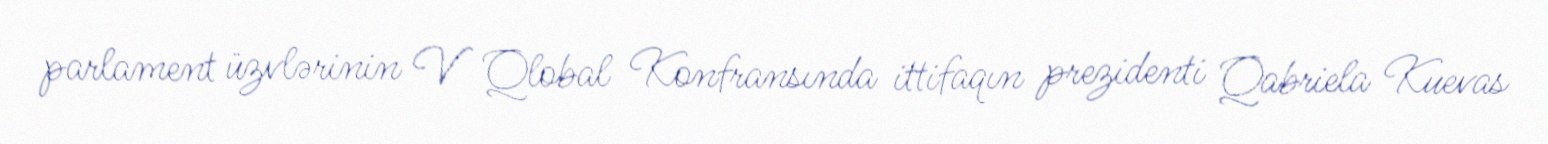
parlament üzvlərinin V Qlobal Konfransında ittifaqın prezidenti Qabriela Kuevas